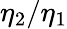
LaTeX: \eta_{2}/\eta_{1}